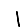
Digit: 1